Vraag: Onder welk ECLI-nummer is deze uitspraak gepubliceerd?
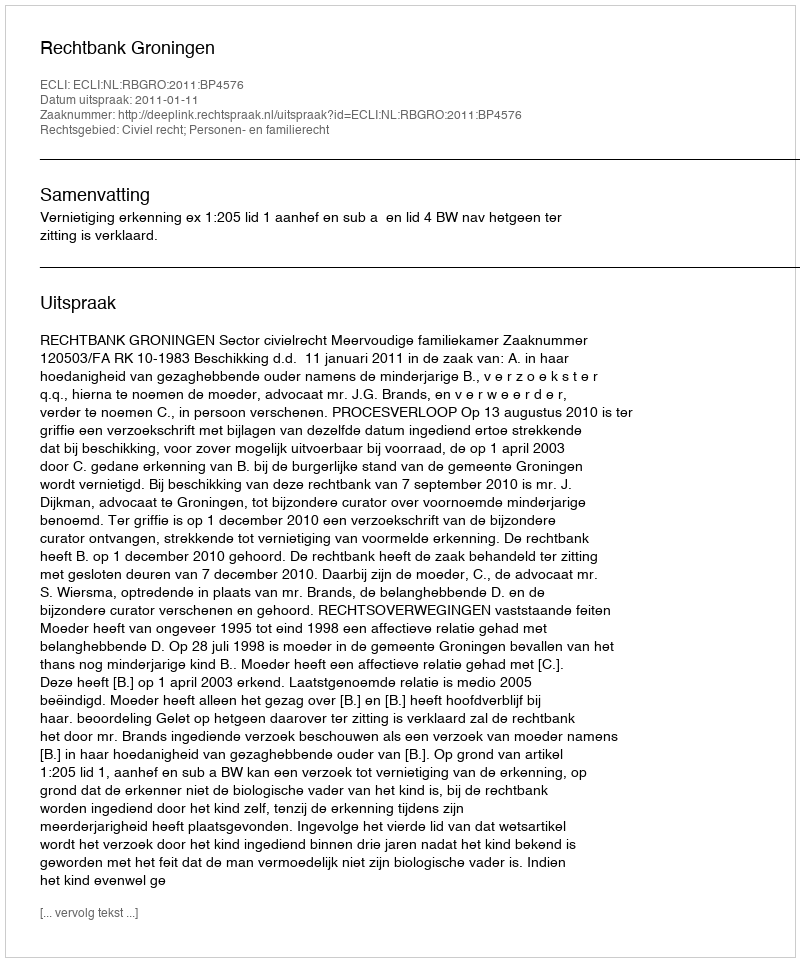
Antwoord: ECLI:NL:RBGRO:2011:BP4576